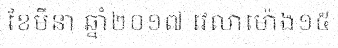
ខែមីនា ឆ្នាំ២០១៧ វេលាម៉ោង១៥